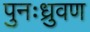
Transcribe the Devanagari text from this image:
पुनःध्रुवण